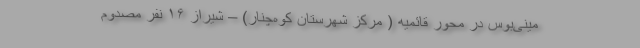
مینی‌بوس در محور قائمیه ( مرکز شهرستان کوه‌چنار) – شیراز ۱۶ نفر مصدوم